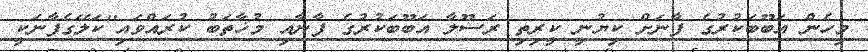
މިހެން އަބޫބަކުރުގެ ފާނަށް ކިޔުނީ ކީރިތި ރަސޫލާ އަބޫބަކުރުގެ ފާނާއި މުޚާތަބު ކުރައްވައި''ކަލޭގެފާނަކީ